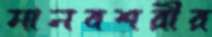
মানবশরীর